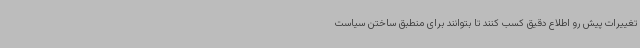
تغییرات پیش رو اطلاع دقیق کسب کنند تا بتوانند برای منطبق ساختن سیاست